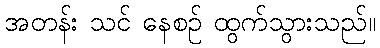
အတန်း သင် နေစဉ် ထွက်သွားသည်။